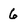
Character: 6